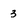
Character: 3